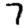
Digit: 7